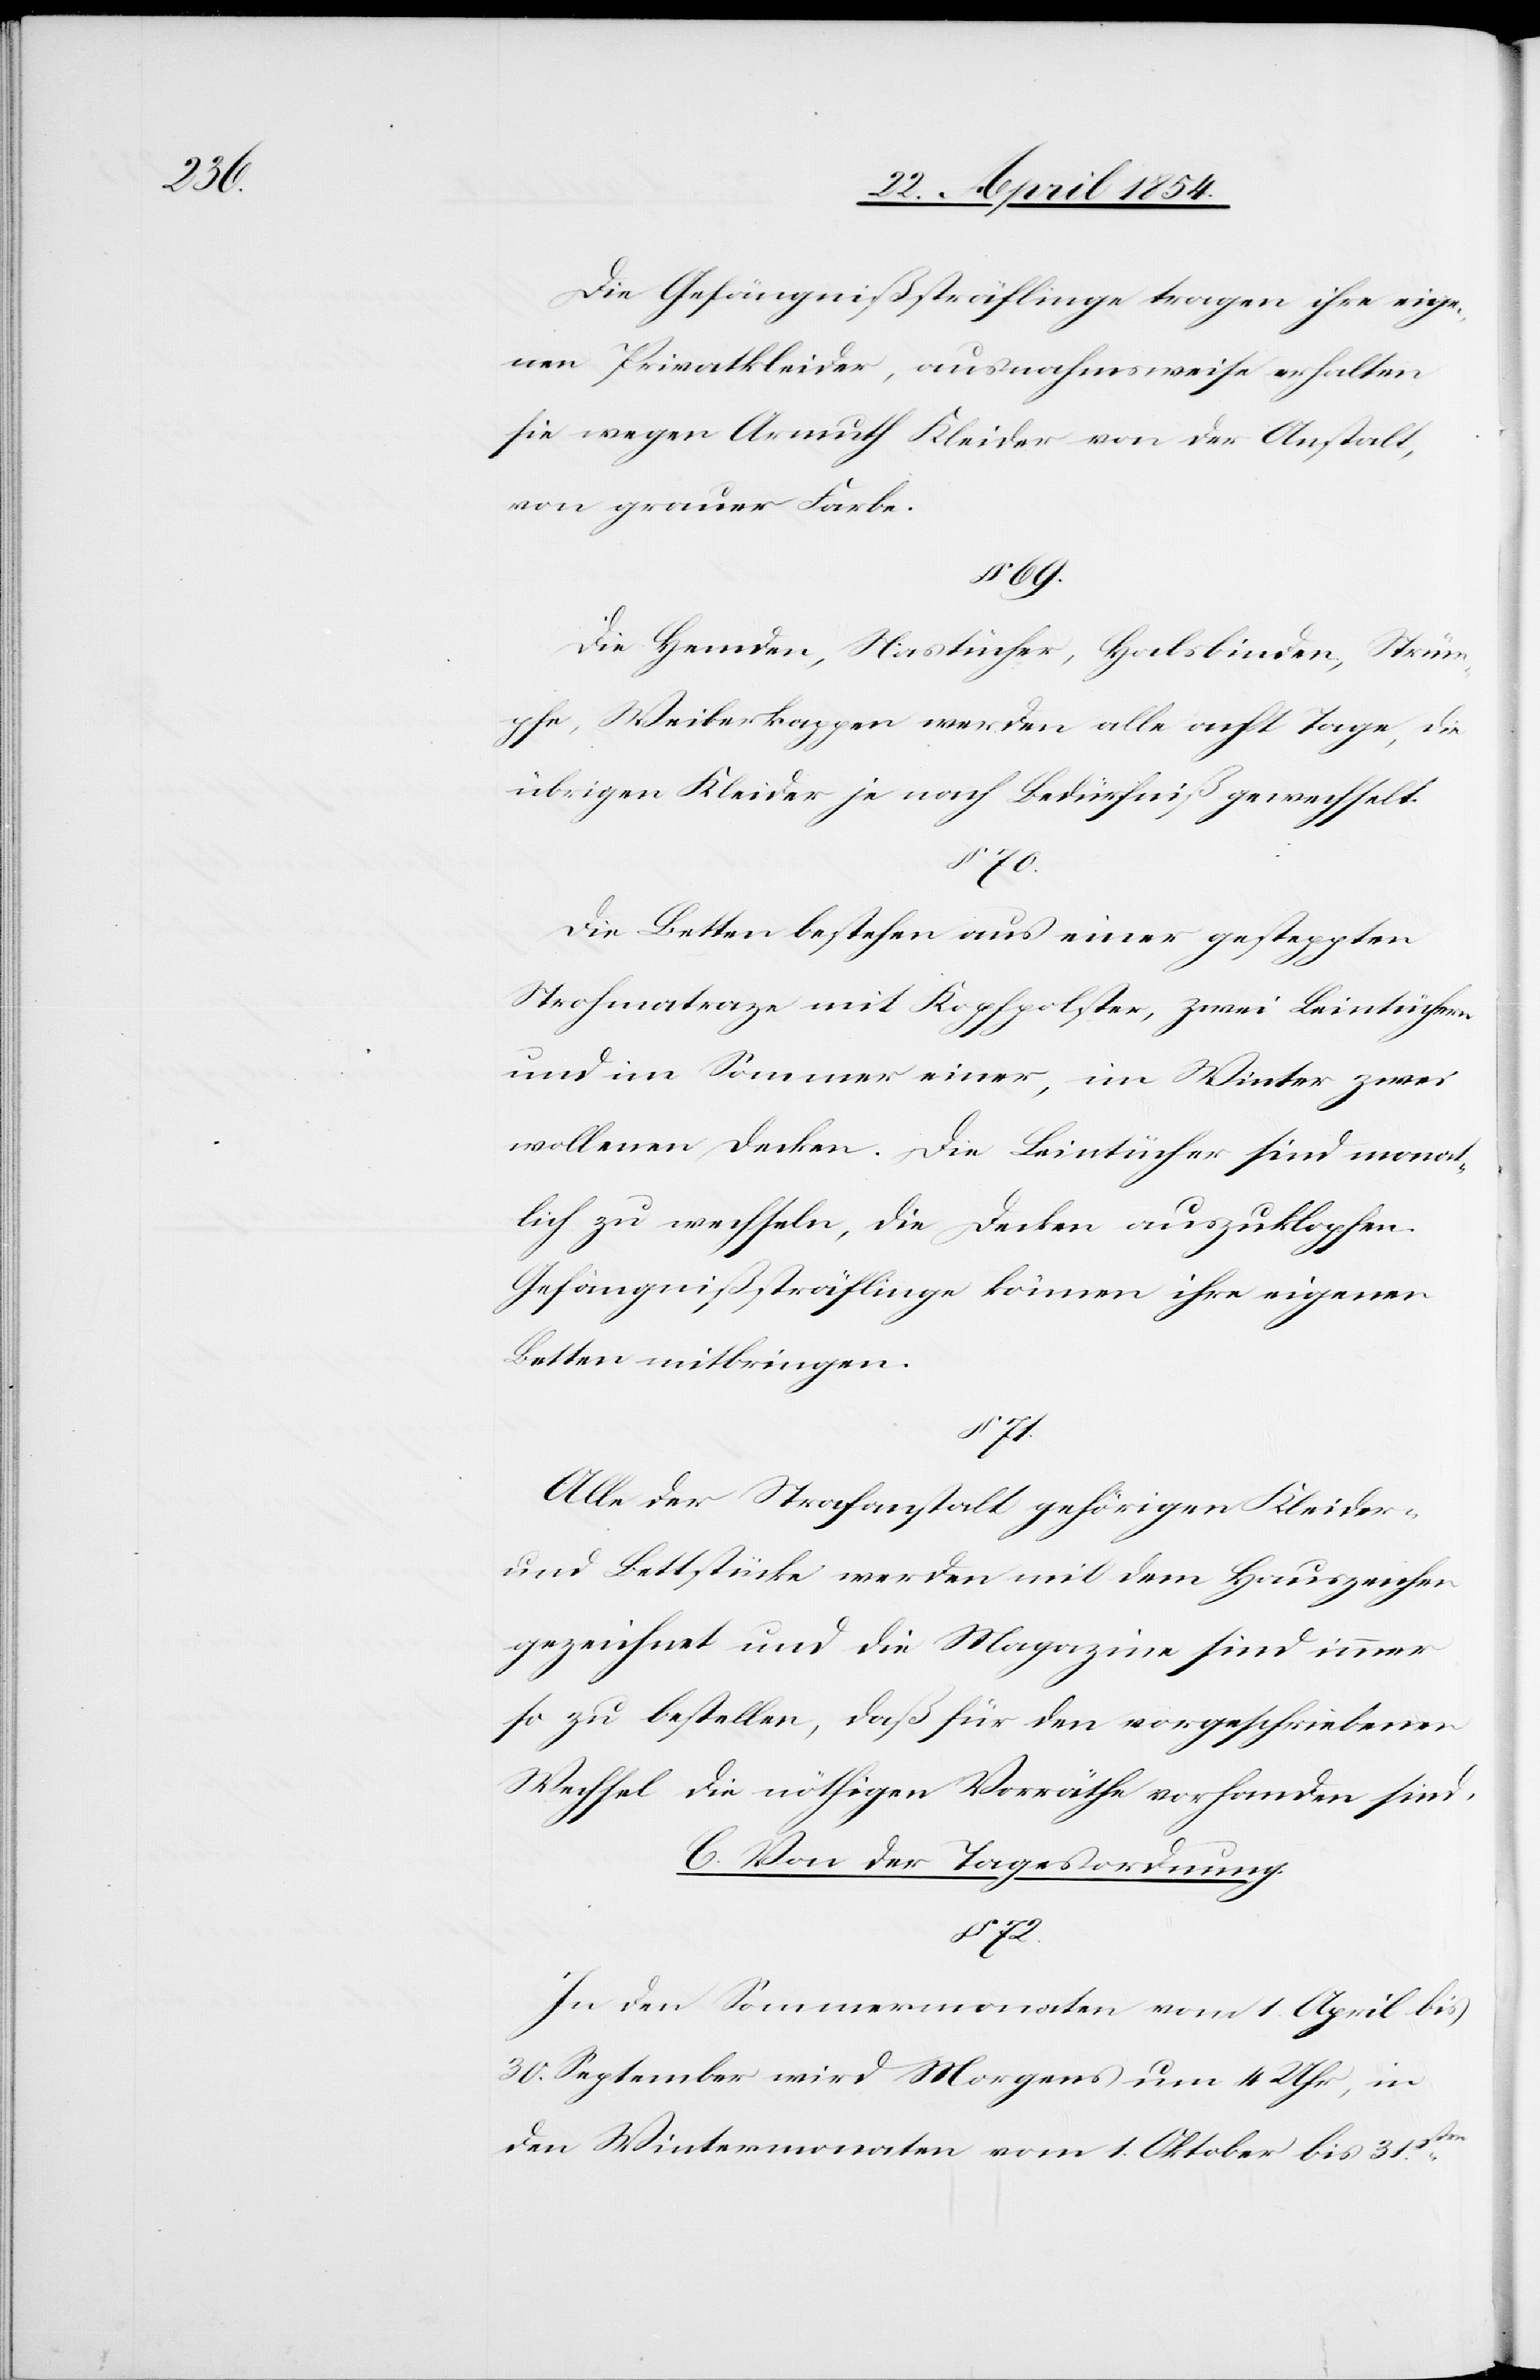
Die Gefängnißsträflinge tragen ihre eige¬
nen Privatkleider, ausnahmsweise erhalten
sie wegen Armuth Kleider von der Anstalt,
von grauer Farbe.
69.
Die Hemden, Nastücher, Halsbinden, Strüm¬
pfe, Weiberkappen werden alle acht Tage, die
übrigen Kleider je nach Bedürfniß gewechselt.
§ 71.
Die Betten bestehen aus einer gesteppten
Strohmatratze mit Kopfpolster, zwei Leintüchern
und im Sommer einer, im Winter zwei
wollenen Decken. Die Leintücher sind monat¬
lich zu wechseln, die Decken auszuklopfen.
Gefängnißsträflinge können ihre eigenen
Betten mitbringen.
Alle der Strafanstalt gehörigen Kleider-
und Bettstücke werden mit dem Hauszeichen
gezeichnet und die Magazine sind immer
so zu bestellen, daß für den vorgeschriebenen
Wechsel die nöthigen Vorräthe vorhanden sind.
C. Von der Tagesordnung
§ 72.
In den Sommermonaten vom 1. April bis
30. September wird Morgens um 4 Uhr, in
den Wintermonaten vom 1. Oktober bis 31s¬

ten